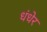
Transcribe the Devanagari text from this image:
धंधेर